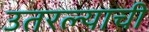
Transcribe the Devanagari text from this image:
उतरल्याची